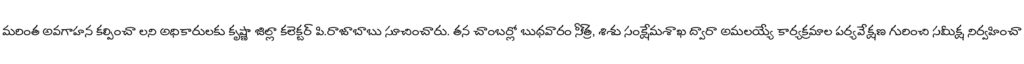
మరింత అవగాహన కల్పించా లని అధికారులకు కృష్ణా జిల్లా కలెక్టర్ పి.రాజాబాబు సూచించారు. తన చాంబర్లో బుధవారం సీ్త్ర, శిశు సంక్షేమశాఖ ద్వారా అమలయ్యే కార్యక్రమాల పర్యవేక్షణ గురించి సమీక్ష నిర్వహించా